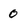
Character: 0